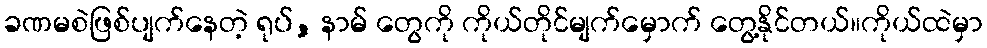
ခဏမစဲဖြစ်ပျက်နေတဲ့ ရုပ်, နာမ် တွေကို ကိုယ်တိုင်မျက်မှောက် တွေ့နိုင်တယ်။ကိုယ်ထဲမှာ